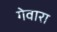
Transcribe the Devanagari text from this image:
गेवारा